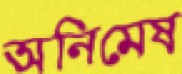
অনিমেষ